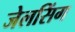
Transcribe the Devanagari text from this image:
जेलसिंग